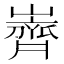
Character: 𮱲